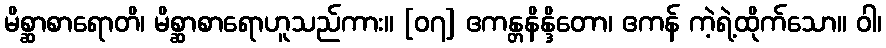
မိစ္ဆာစာရောတိ၊ မိစ္ဆာစာရောဟူသည်ကား။ [၀၇] ဧကန္တနိန္ဒိတော၊ ဧကန် ကဲ့ရဲ့ထိုက်သော။ ဝါ၊